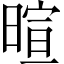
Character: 暄